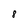
Character: 8